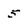
Character: 5